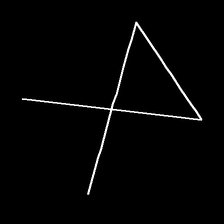
Glyph: collection